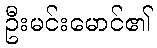
ဦးမင်းမောင်၏